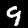
Label: 9